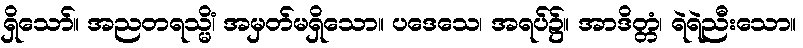
ရှိသော်။ အညတရသ္မိံ၊ အမှတ်မရှိသော။ ပဒေသေ၊ အရပ်၌။ အာဒိတ္တံ၊ ရဲရဲညီးသော။